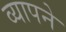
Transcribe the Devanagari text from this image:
व्यापने